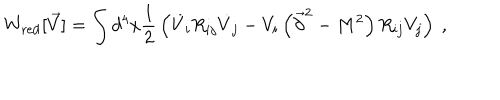
LaTeX: W _ { \mathrm { r e d } } [ \vec { V } ] = \int d ^ { 4 } x { \frac { 1 } { 2 } } \left( \dot { V } _ { i } R _ { i j } \dot { V } _ { j } - V _ { i } \left( \vec { \partial } ^ { 2 } - M ^ { 2 } \right) R _ { i j } V _ { j } \right) ~ ,